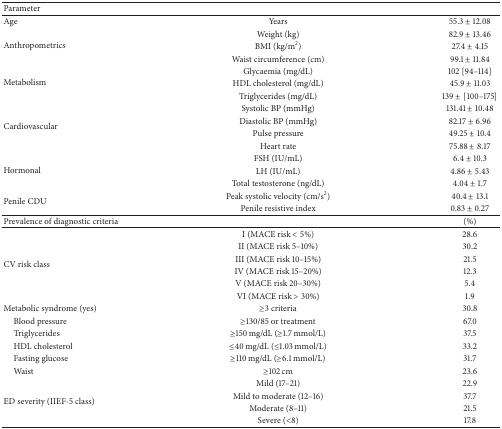
<table><thead><tr><td><b>Parameter </b></td><td><b> </b></td><td><b> </b></td></tr></thead><tbody><tr><td>Age</td><td>Years</td><td>55.3 ± 12.08</td></tr><tr><td rowspan="3">Anthropometrics </td><td>Weight (kg)</td><td>82.9 ± 13.46</td></tr><tr><td>BMI (kg/m<sup>2</sup>)</td><td>27.4 ± 4.15</td></tr><tr><td>Waist circumference (cm)</td><td>99.1 ± 11.84</td></tr><tr><td rowspan="3">Metabolism </td><td>Glycaemia (mg/dL)</td><td>102 [94–114]</td></tr><tr><td>HDL cholesterol (mg/dL)</td><td>45.9 ± 11.03</td></tr><tr><td>Triglycerides (mg/dL)</td><td>139 ±[100–175]</td></tr><tr><td rowspan="4">Cardiovascular </td><td>Systolic BP (mmHg)</td><td>131.41 ± 10.48</td></tr><tr><td>Diastolic BP (mmHg)</td><td>82.17 ± 6.96</td></tr><tr><td>Pulse pressure</td><td>49.25 ± 10.4</td></tr><tr><td>Heart rate </td><td>75.88 ± 8.17</td></tr><tr><td rowspan="3">Hormonal </td><td>FSH (IU/mL)</td><td>6.4 ± 10.3</td></tr><tr><td>LH (IU/mL)</td><td>4.86 ± 5.43</td></tr><tr><td>Total testosterone (ng/dL)</td><td>4.04 ± 1.7</td></tr><tr><td rowspan="2">Penile CDU</td><td>Peak systolic velocity (cm/s<sup>2</sup>)</td><td>40.4 ± 13.1</td></tr><tr><td>Penile resistive index</td><td>0.83 ± 0.27</td></tr><tr><td>Prevalence of diagnostic criteria</td><td> </td><td>(%)</td></tr><tr><td rowspan="6">CV risk class</td><td>I (MACE risk &lt; 5%)</td><td>28.6 </td></tr><tr><td>II (MACE risk 5–10%)</td><td>30.2 </td></tr><tr><td>III (MACE risk 10–15%)</td><td>21.5 </td></tr><tr><td>IV (MACE risk 15–20%)</td><td>12.3 </td></tr><tr><td>V (MACE risk 20–30%)</td><td>5.4 </td></tr><tr><td>VI (MACE risk &gt; 30%)</td><td>1.9 </td></tr><tr><td>Metabolic syndrome (yes)</td><td>≥3 criteria</td><td>30.8</td></tr><tr><td> Blood pressure</td><td>≥130/85 or treatment</td><td>67.0 </td></tr><tr><td> Triglycerides</td><td>≥150 mg/dL (≥1.7 mmol/L)</td><td>37.5 </td></tr><tr><td> HDL cholesterol</td><td>≤40 mg/dL (≤1.03 mmol/L)</td><td>33.2 </td></tr><tr><td> Fasting glucose</td><td>≥110 mg/dL (≥6.1 mmol/L)</td><td>31.7 </td></tr><tr><td> Waist</td><td>≥102 cm</td><td>23.6 </td></tr><tr><td rowspan="4">ED severity (IIEF-5 class)</td><td>Mild (17–21)</td><td>22.9 </td></tr><tr><td>Mild to moderate (12–16)</td><td>37.7 </td></tr><tr><td>Moderate (8–11)</td><td>21.5 </td></tr><tr><td>Severe (&lt;8)</td><td>17.8 </td></tr></tbody></table>